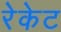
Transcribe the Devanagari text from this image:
रेकेट